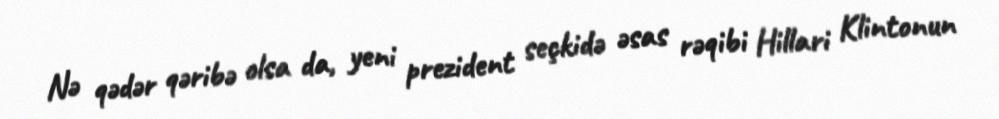
Nə qədər qəribə olsa da, yeni prezident seçkidə əsas rəqibi Hillari Klintonun